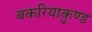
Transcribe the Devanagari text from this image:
बकरियाकुण्ड